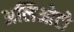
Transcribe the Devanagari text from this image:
अलिओटो